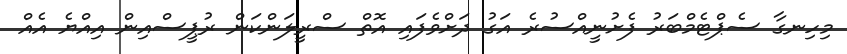
މިހިނގާ ސެޕްޓެމްބަރު ފެށުނީއްސުރެ އަގު ދަށްވެފައި އޮތް ސްރީލަންކަން ރުޕީސްއިން އިއްޔެ އެއް